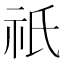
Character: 祇